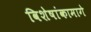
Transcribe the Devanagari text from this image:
विशेषांकामागे